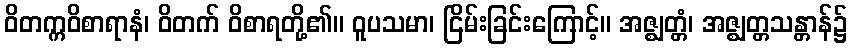
ဝိတက္ကဝိစာရာနံ၊ ဝိတက် ဝိစာရတို့၏။ ဝူပသမာ၊ ငြိမ်းခြင်းကြောင့်။ အဇ္ဈတ္တံ၊ အဇ္ဈတ္တသန္တာန်၌